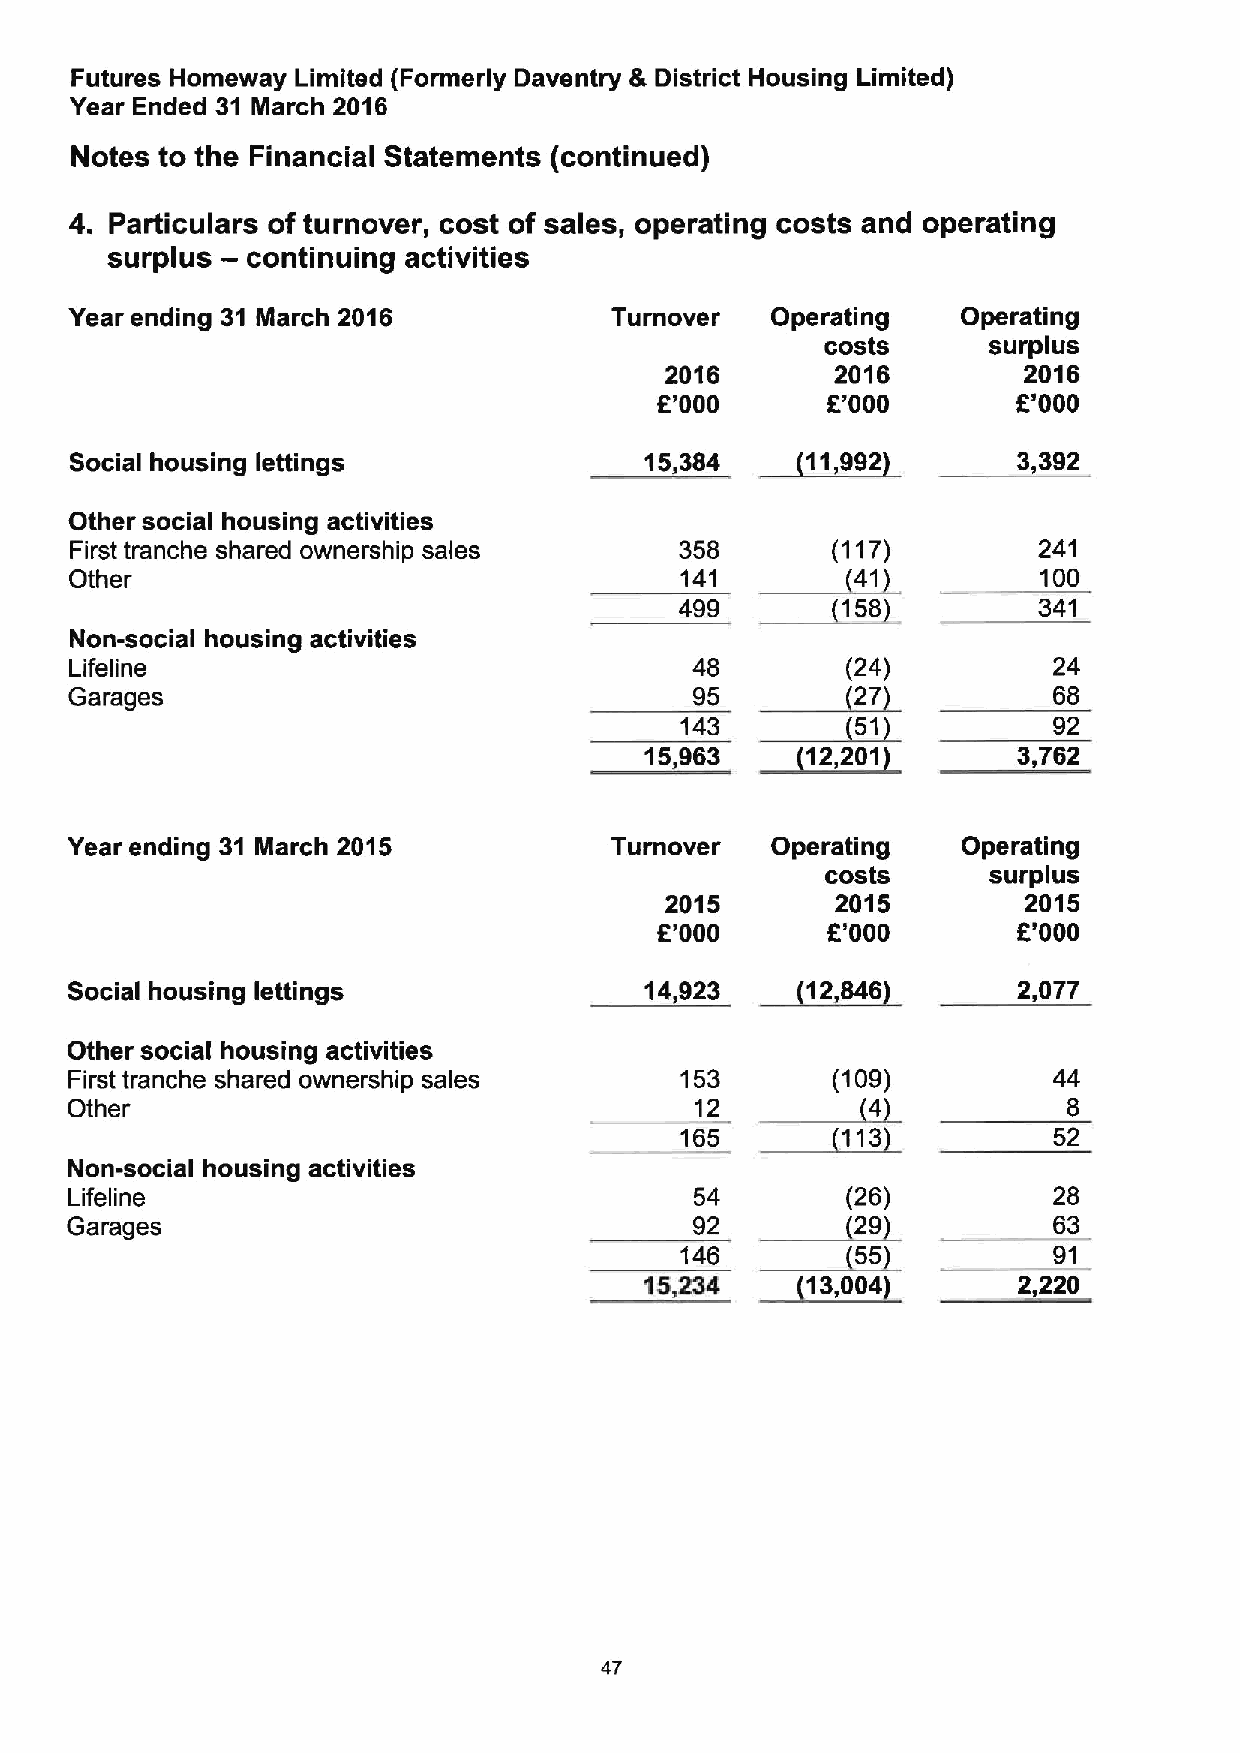
Futures Homeway Limited (Formerly Daventry &District Housing Limited)
 Year Ended 31 March 2016
 Notes to the Financial Statements (continued)
 4. Particulars of turnover, cost of sales, operating costs and operating
 —
 surplus  continuing activities
 Year ending 31 March 2016          Turnover   Operating    Operating
 costs     surplus
 2016       2016         2016
 E'000       K'000       R'000
 Social housing lettings               15,384    11,992        3,392
 Other social housing activities
 ~41
 First tranche shared ownership sales    358       (117)         241
 Other                                   141  ~150               100
 499                     341
 Non-social housing activities
 ~27
 Lifeline                                 48        (24)          24
 ~51
 Garages                                  95                      68
 143                      92
 ~12,
 15,903       201        3,762
 Year ending 31 March 2015           Turnover   Operating    Operating
 costs     surplus
 2015       2015         2015
 K'000       R'000       R'000
 Social housing lettings                14,923    12,846        2,077
 ~4
 Other social housing activities
 First tranche shared ownership sales    153       (109)          44
 Other                                     12  ~113                 8
 165                      52
 Non-social housing activities
 ~29
 Lifeline                                  54        (26)          28
 ~55
 Garages                                   92                      63
 146                      91
 ~13,
 15,234       004        2,220
 47